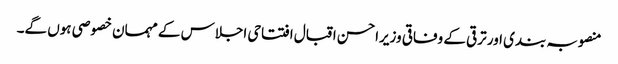
منصوبہ بندی اور ترقی کے وفاقی وزیراحسن اقبال افتتاحی اجلاس کے مہمان خصوصی ہوں گے۔